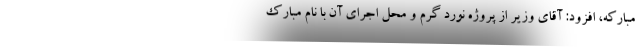
مبارکه، افزود: آقای وزیر از پروژه نورد گرم و محل اجرای آن با نام مبارک